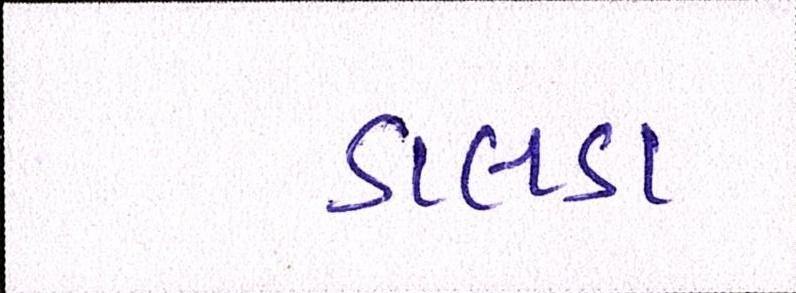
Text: ડાલડા